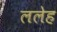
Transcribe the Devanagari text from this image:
ललेह